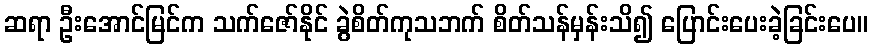
ဆရာ ဦးအောင်မြင်က သက်ဇော်နိုင် ခွဲစိတ်ကုသဘက် စိတ်သန်မှန်းသိ၍ ပြောင်းပေးခဲ့ခြင်းပေ။